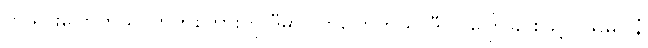
ဟိုသွားပြောတယ်၊ ဟိုကစကားကို ဒီမှာ လာပြောတယ်၊ ဒီလို ပြောခြင်းဖြင့် (သမဂ္ဂါနံ